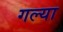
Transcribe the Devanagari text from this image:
गल्या